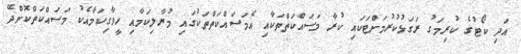
އަދި ކޯޓުގެ ކުރިމަގު ރަގަޅުކުރުމަށްޓަކައި ކުރާ މަސައްކަތްތަކާއި އެމަސައްކަތްތަކުގައި މުރާލިކަމާއި ހީވާގިކަމާއެކު މަސައްކަތްކޮށްދޭ